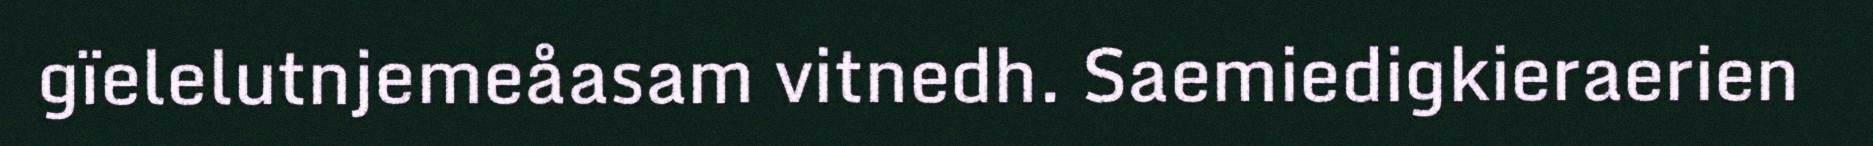
gïelelutnjemeåasam vitnedh. Saemiedigkieraerien